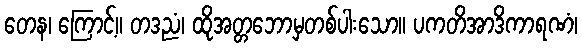
တေန၊ ကြောင့်။ တဒညံ၊ ထိုအတ္တဘောမှတစ်ပါးသော။ ပကတိအာဒိကာရဏံ၊